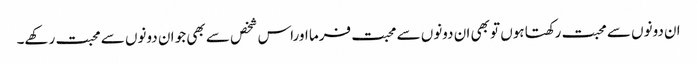
ان دونوں سے محبت رکھتا ہوں تو بھی ان دونوں سے محبت فرما اوراس شخص سے بھی جو ان دونوں سے محبت رکھے۔